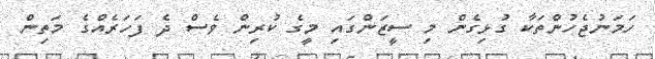
ހަމަނުޖެހުންތަކާ ގުޅިގެން މި ސީޒަންގައި މީގެ ކުރިން ވެސް ދެ ފަހަރެއްގެ މަތިން